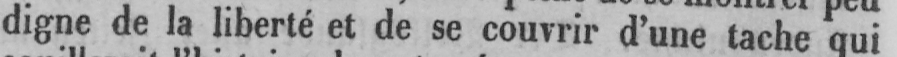
digne de la liberté et de se couvrir d’une tache qui